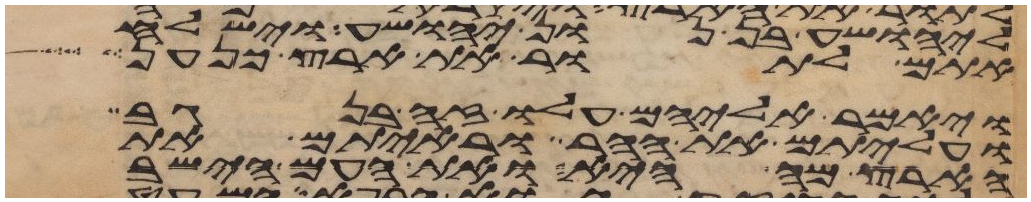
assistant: ליהושע בן נון יהושע וישלח
אתם לתור את ארץ כנען
ויאמר אליהם עלו זה בנגב
ועליתם את ההר וראיתם את
הארץ מה היא ואת העם הישב